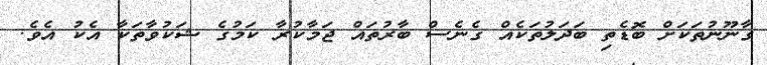
ގާނޫނުތަކަށް ބޮޑެތި ބަދަލުތަކެއް ގެނެސް ބާރުތައް ޖަމާކުރާ ކަމުގެ ޝަކުވާތަކާ އެކު އެވެ.